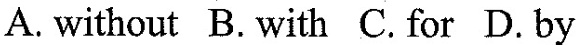
A. without B. with C.for D. by